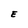
Character: E